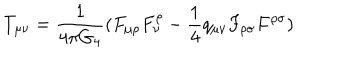
T _ { \mu \nu } = \frac { 1 } { 4 \pi G _ { 4 } } ( F _ { \mu \rho } F _ { \nu } ^ { \rho } - \frac { 1 } { 4 } q _ { \mu \nu } F _ { \rho \sigma } F ^ { \rho \sigma } )